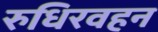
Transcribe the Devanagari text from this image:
रुधिरवहन